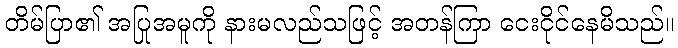
တိမ်ပြာ၏ အပြုအမူကို နားမလည်သဖြင့် အတန်ကြာ ငေးငိုင်နေမိသည်။